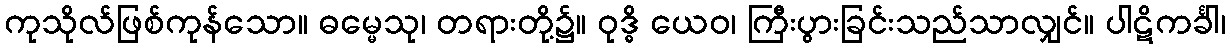
ကုသိုလ်ဖြစ်ကုန်သော။ ဓမ္မေသု၊ တရားတို့၌။ ဝုဒ္ဓိ ယေဝ၊ ကြီးပွားခြင်းသည်သာလျှင်။ ပါဋိကင်္ခါ၊